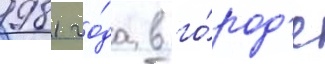
1981 го́да в го́род'е